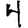
Digit: 4